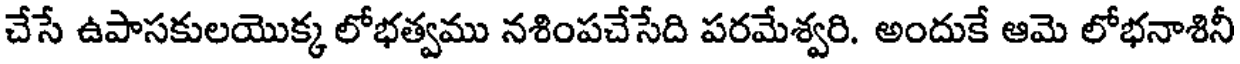
చేసే ఉపాసకులయొక్క లోభత్వము నశింపచేసేది పరమేశ్వరి. అందుకే ఆమె లోభనాశినీ